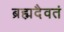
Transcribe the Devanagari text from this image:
ब्रह्मदैवतं